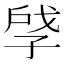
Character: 𪦽